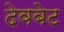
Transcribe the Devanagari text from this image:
देवबेट